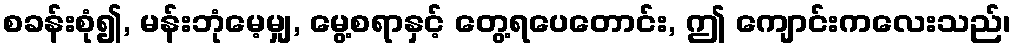
စခန်းစုံ၍, မန်းဘုံမေ့မျှ, မွေ့စရာနှင့် တွေ့ရပေတောင်း, ဤ ကျောင်းကလေးသည်၊